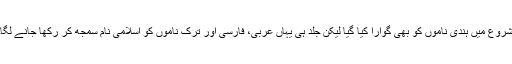
شروع میں ہندی ناموں کو بھی گوارا کیا گیا لیکن جلد ہی یہاں عربی، فارسی اور ترک ناموں کو اسلامی نام سمجھ کر رکھا جانے لگا۔